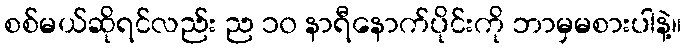
စစ်မယ်ဆိုရင်လည်း ည ၁၀ နာရီနောက်ပိုင်းကို ဘာမှမစားပါနဲ့။